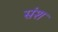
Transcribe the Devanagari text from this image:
संश